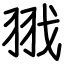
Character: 𦐂